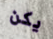
يكن